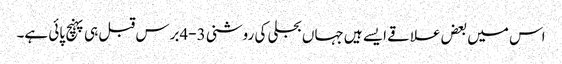
اس میں بعض علاقے ایسے ہیں جہاں بجلی کی روشنی 3-4برس قبل ہی پہنچ پائی ہے۔